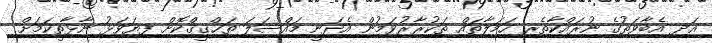
އަދި އެބާވަތުގެ ނުރައްކާތެރި ހަމަލާތައް ތަކުރާރުވަމުން އެދަނީ މައްސަލަ ތަޙްޤީޤްކޮށް ފިޔަވަޅު ނާޅާތީކަމަށް